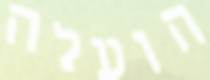
הועלה